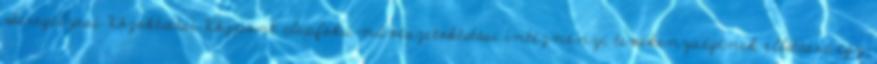
Seregélyesi Közoktatási Központ alapfokú művészetoktatási intézményi tevékenységének ellátásra egy